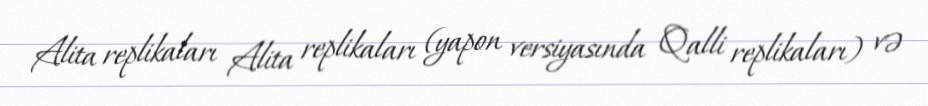
Alita replikaları Alita replikaları (yapon versiyasında Qalli replikaları) və